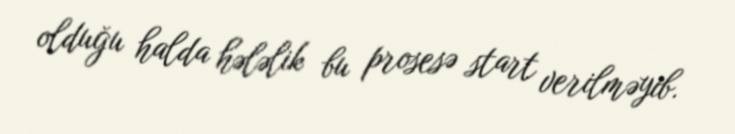
olduğu halda hələlik bu prosesə start verilməyib.